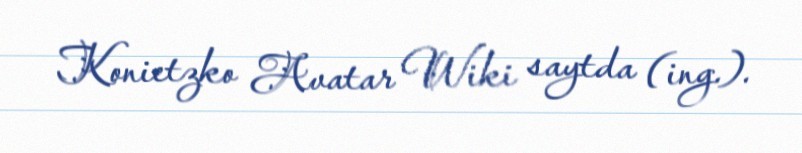
Konietzko Avatar Wiki saytda (ing.).